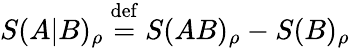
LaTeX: S(A|B)_{\rho}\ {\stackrel{\mathrm{def}}{=}}\ S(AB)_{\rho}-S(B)_{\rho}